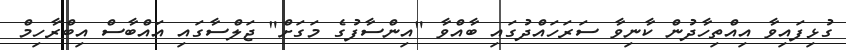
ގުޅިފައިވާ އިއްތިހާދުން ކާނިވާ ސަރަހައްދުގައި ބާއްވާ "އިންސާފުގެ މަގަށް" ޖަލްސާގައި އައްބާސް އިބްރާހިމް